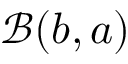
\mathcal { B } ( b , a )